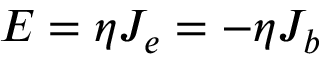
\boldsymbol { E } = \eta \boldsymbol { J _ { e } } = - \eta \boldsymbol { J _ { b } }